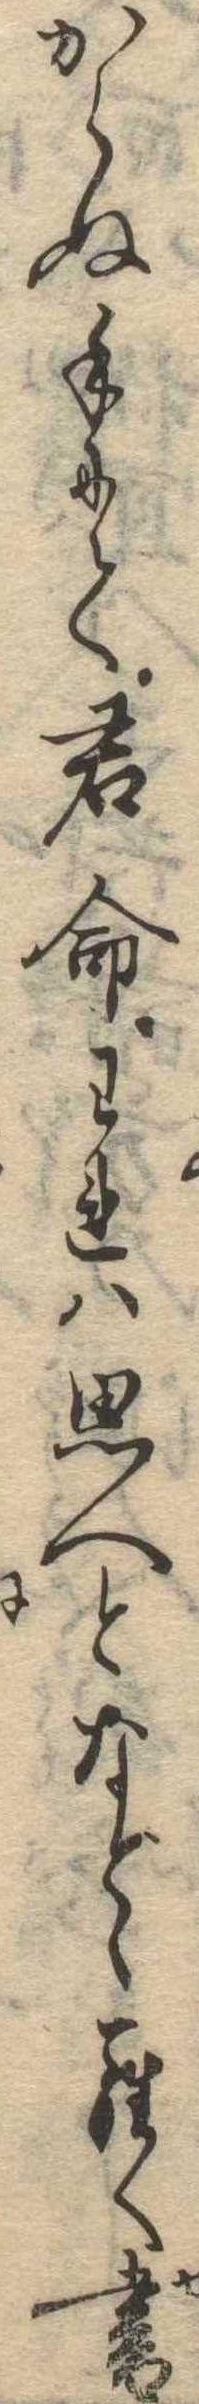
からぬ手にて君命われは思へとなどゝらく書